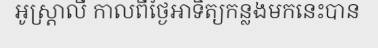
អូស្ត្រាលី កាលពីថ្ងៃអាទិត្យកន្លងមកនេះបាន